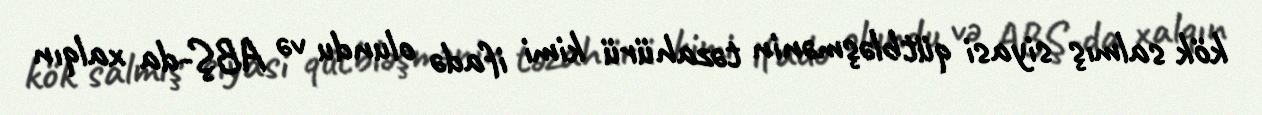
kök salmış siyasi qütbləşmənin təzahürü kimi ifadə olundu və ABŞ-da xalqın